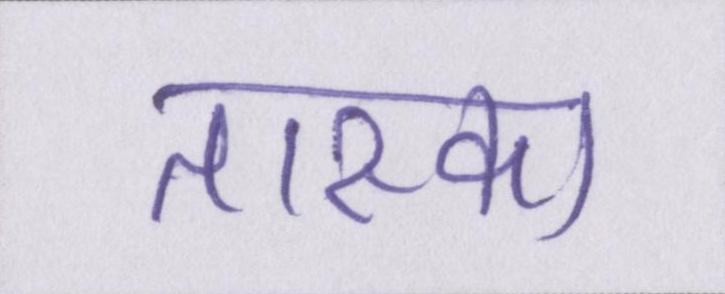
तास्का